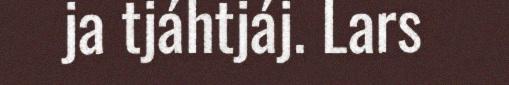
ja tjáhtjáj. Lars